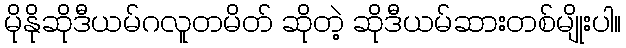
မိုနိုဆိုဒီယမ်ဂလူတမိတ် ဆိုတဲ့ ဆိုဒီယမ်ဆားတစ်မျိုးပါ။